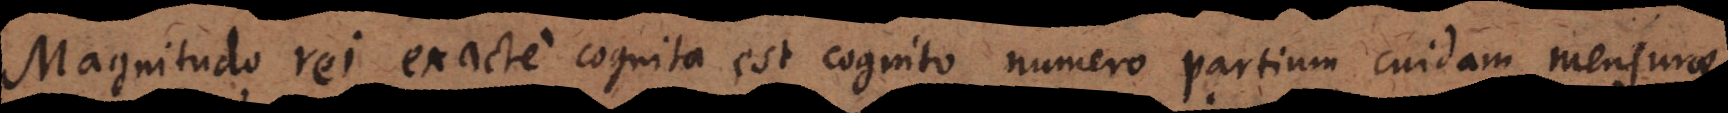
Magnitudo rei exacte cognita est cognito numero partium cuidam mensurae